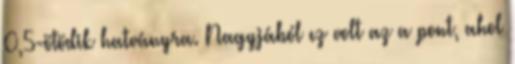
0,5-ötödik hatványra. Nagyjából ez volt az a pont, ahol